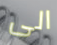
الى